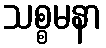
သစ္စမနာ